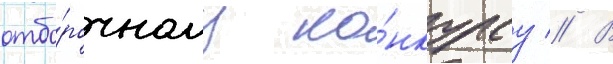
отбо́рочному ко́нкурсу // В